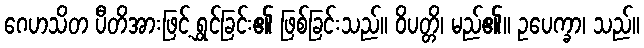
ဂေဟသိတ ပီတိအားဖြင့် ရွှင်ခြင်း၏ ဖြစ်ခြင်းသည်။ ဝိပတ္တိ၊ မည်၏။ ဥပေက္ခာ၊ သည်။